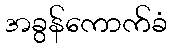
အခွန်ကောက်ခံ